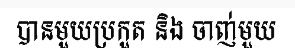
បានមួយប្រកួត និង ចាញ់មួយ